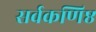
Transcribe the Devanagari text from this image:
सर्वकणिष्ठ